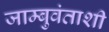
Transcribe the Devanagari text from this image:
जाम्बुवंताशी